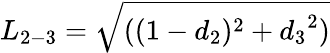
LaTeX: {L_{2-3}}=\sqrt{((1-{d_{2}})^{2}+{d_{3}}^{2})}